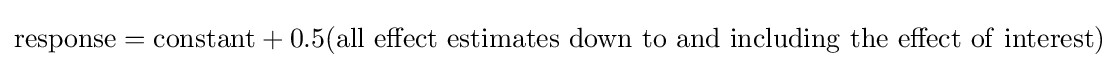
{\textrm {response}}={\textrm {constant}}+0.5\mathrm {(all\ effect\ estimates\ down\ to\ and\ including\ the\ effect\ of\ interest)}